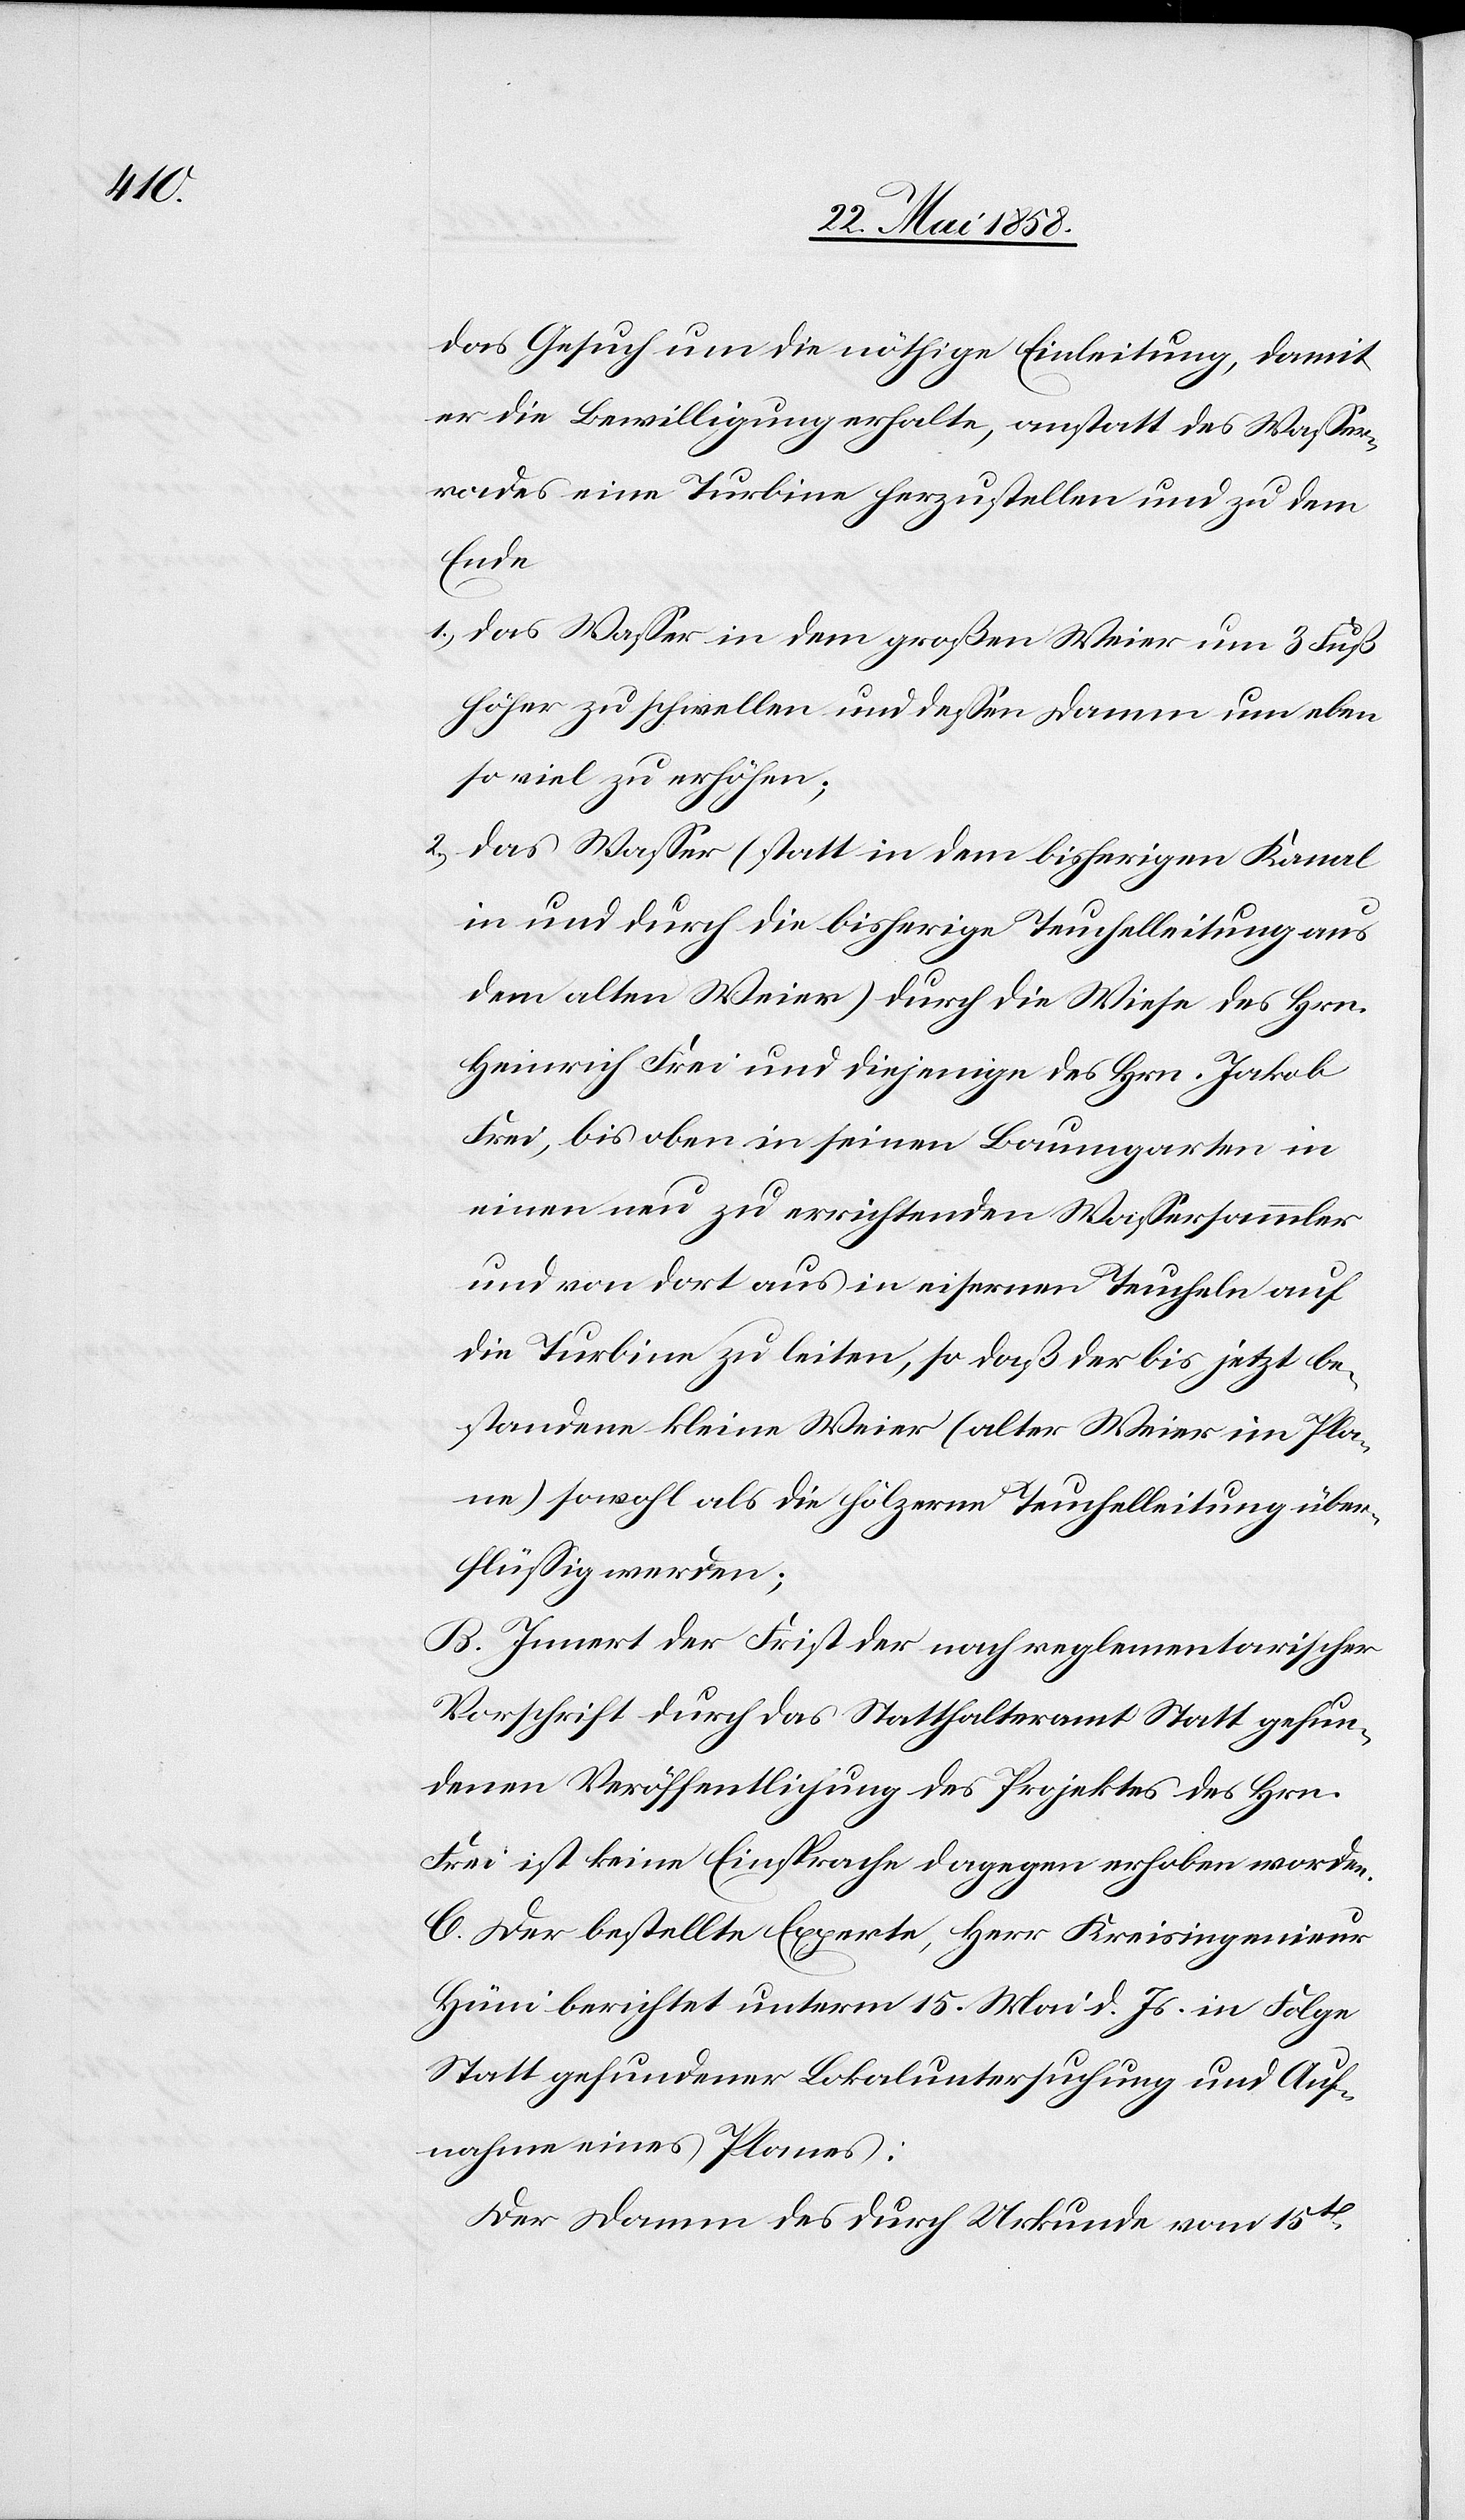
das Gesuch um die nöthige Einleitung, damit
er die Bewilligung erhalte, anstatt des Wasser¬
rades eine Turbine herzustellen und zu dem
Ende
1) das Wasser in dem großen Weier um 3 Fuß
höher zu schwellen und dessen Damm um eben
so viel zu erhöhen;
2) das Wasser (statt in dem bisherigen Kanal
in und durch die bisherige Teuchelleitung aus
dem alten Weier) durch die Wiese des Hrn.
Heinrich Frei und diejenige des Hrn. Jakob
Frei, bis oben in seinen Baumgarten in
einen neu zu errichtenden Wassersammler
und von dort aus in eisernen Teucheln auf
die Turbine zu leiten, so daß der bis jetzt be¬
standene kleine Weier (Alte Weier im Pla¬
ne) sowohl als die hölzerne Teuchelleitung über¬
flüssig werden;
B. Innert der First der nach reglementarischer
Vorschrift durch das Statthalteramt Statt gefun¬
denen Veröffentlichung des Projektes des Hrn.
Frei ist keine Einsprache dagegen erhoben worden.
C. Der bestellte Experte, Herr Kreisingenieur
Hüni berichtet unterm 15. Mai d. Js. in Folge
Statt gefundener Lokaluntersuchung und Auf¬
nahme eines Planes:
Der Damm des durch Urkunde vom 15t[en]